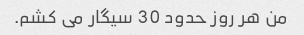
من هر روز حدود 30 سیگار می کشم.